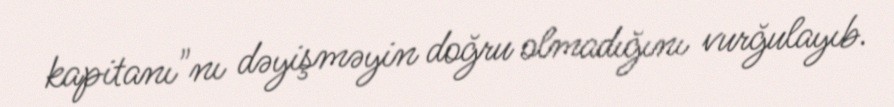
kapitanı"nı dəyişməyin doğru olmadığını vurğulayıb.